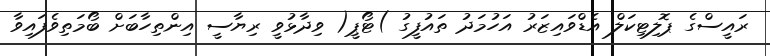
ރައީސްގެ ޕޮލިޓިކަލް އެޑްވައިޒަރު އަހުމަދު ތައުފީގު )ޓޯޕީ( ވިދާޅުވީ ރިޔާސީ އިންތިހާބަށް ބޯމަތިވެފައިވާ